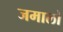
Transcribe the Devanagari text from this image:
जमालो